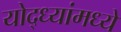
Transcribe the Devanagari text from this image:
योद्ध्यांमध्ये